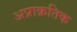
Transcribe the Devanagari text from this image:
अप्राक्रतिक